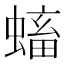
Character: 𧏷